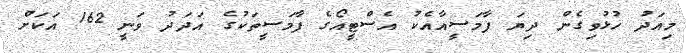
މިއަދު ހުޅުވިގެން ދިޔަ ފާމަސީއާއެކު އެސްޓީއޯގެ ފާމަސީތަކުގެ އަދަދު ވަނީ 162 އަކަށް